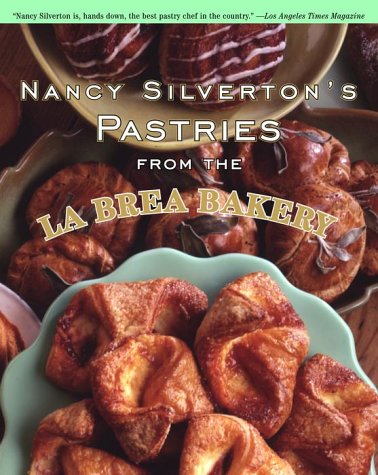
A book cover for Nancy Silverton's Pastries from the La Brea Bakery; Nancy Silverton; Cookbooks, Food & Wine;